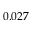
0 . 0 2 7